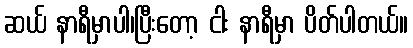
ဆယ် နာရီမှာပါ၊ပြီးတော့ ငါး နာရီမှာ ပိတ်ပါတယ်။